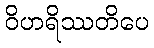
ဝိဟရိဿတိပေ